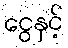
ငွေနှင့်